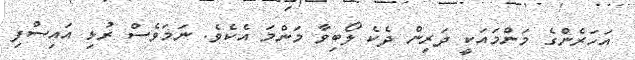
އަހަރެންގެ މަންމައަކީ ދަރިން ދެކެ ލޯބިވާ މަންމަ އެކެވެ. ނަމަވެސް ރުޅި އައިސްފި